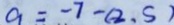
a = - 7 - ( 2 , s )